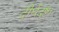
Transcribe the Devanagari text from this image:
दीर्घदृष्टा